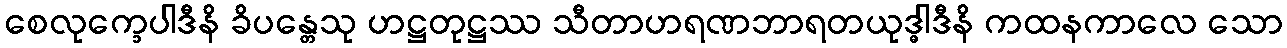
စေလုက္ခေပါဒီနိ ခိပန္တေသု ဟဋ္ဌတုဋ္ဌဿ သီတာဟရဏဘာရတယုဒ္ဓါဒီနိ ကထနကာလေ သော